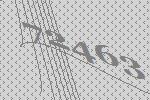
72463